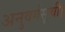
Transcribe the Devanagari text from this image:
अनुवर्गसूची।